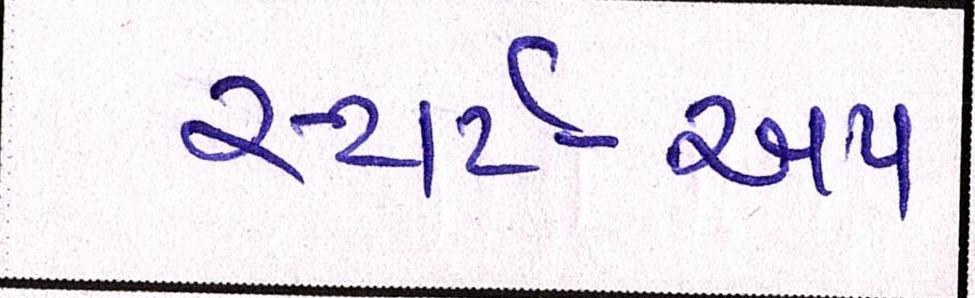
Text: સ્ટાર્ટ-અપ